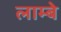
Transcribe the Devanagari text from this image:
लाम्बे